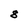
Character: 8